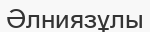
Әлниязұлы